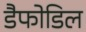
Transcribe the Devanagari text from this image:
डैफोडिल